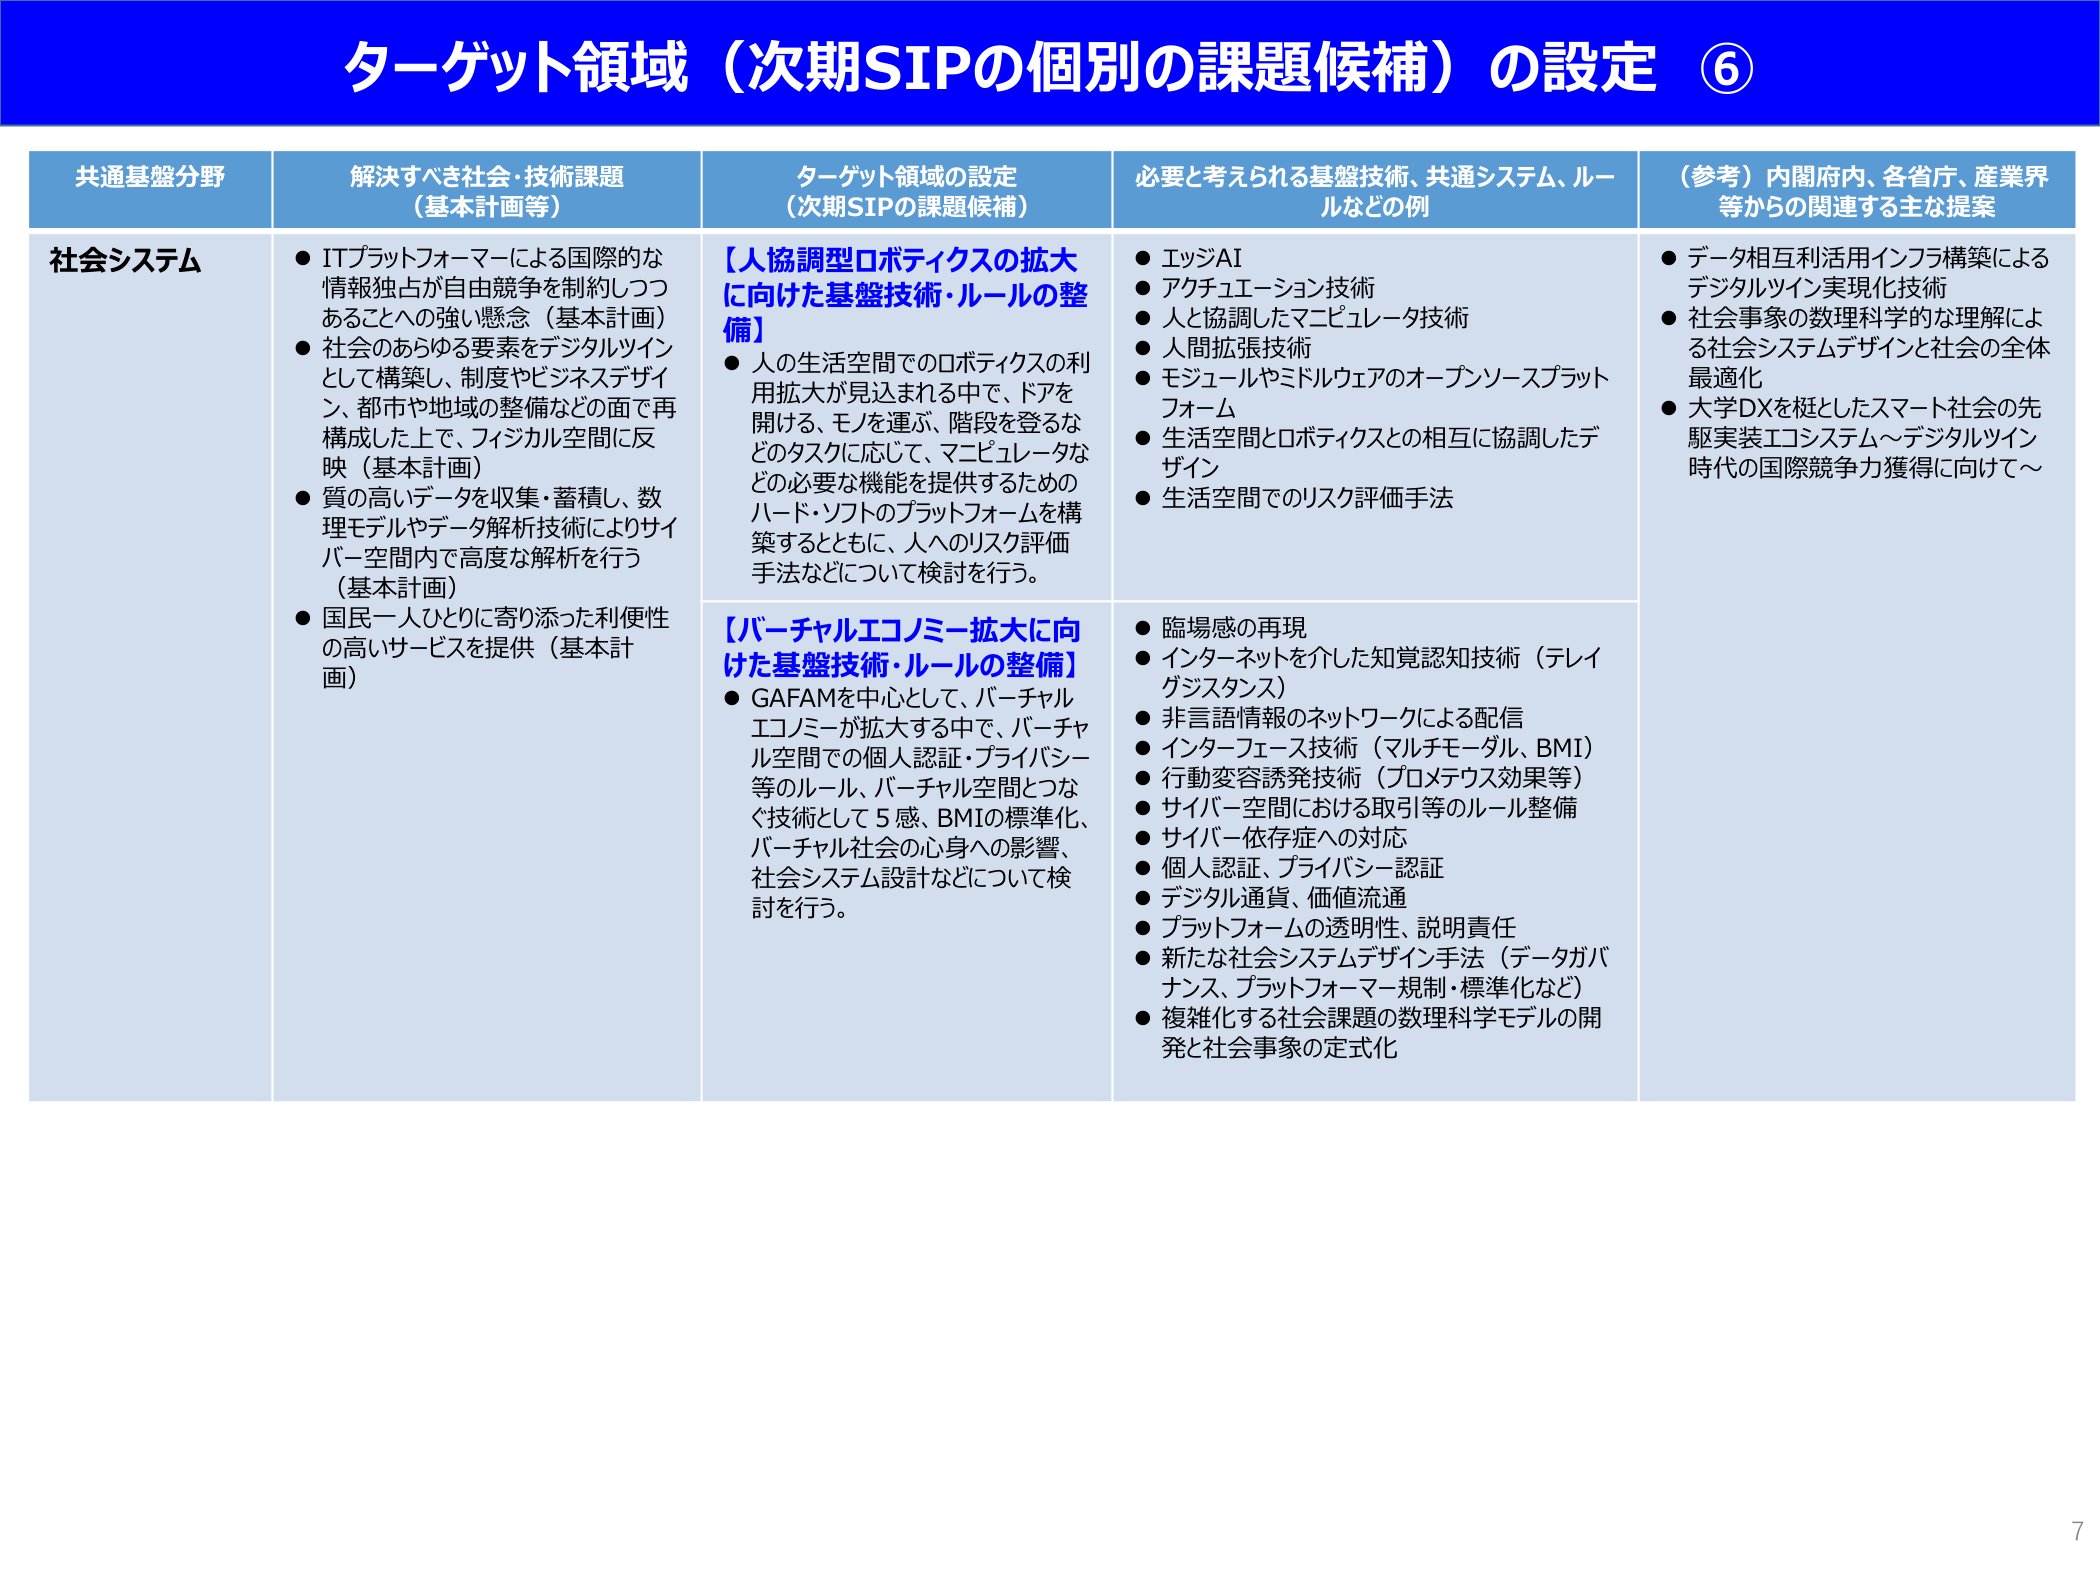
ターゲット領域（次期SIPの個別の課題候補）の設定 ⑥

共通基盤分野
社会システム

解決すべき社会・技術課題
（基本計画等）
● ITプラットフォーマーによる国際的な
情報独占が自由競争を制約しつつ
あることへの強い懸念（基本計画）
● 社会のあらゆる要素をデジタルツイン
として構築し、制度やビジネスデザイ
ン、都市や地域の整備などの面で再
構成した上で、フィジカル空間に反
映（基本計画）
● 質の高いデータを収集・蓄積し、数
理モデルやデータ解析技術によりサイ
バー空間内で高度な解析を行う
（基本計画）
● 国民一人ひとりに寄り添った利便性
の高いサービスを提供（基本計画）

ターゲット領域の設定
（次期SIPの課題候補）
【人協調型ロボティクスの拡大
に向けた基盤技術・ルールの整
備】
● 人の生活空間でのロボティクスの利
用拡大が見込まれる中で、ドアを
開ける、モノを運ぶ、階段を登るな
どのタスクに応じて、マニピュレータな
どの必要な機能を提供するための
ハード・ソフトのプラットフォームを構
築するとともに、人へのリスク評価
手法などについて検討を行う。

【バーチャルエコノミー拡大に向
けた基盤技術・ルールの整備】
● GAFAMを中心として、バーチャル
エコノミーが拡大する中で、バーチャ
ル空間での個人認証・プライバシー
等のルール、バーチャル空間とつな
ぐ技術として5感、BMIの標準化、
バーチャル社会の心身への影響、
社会システム設計などについて検
討を行う。

必要と考えられる基盤技術、共通システム、ルー
ルなどの例
● エッジAI
● アクチュエーション技術
● 人と協調したマニピュレータ技術
● 人間拡張技術
● モジュールやミドルウェアのオープンソースプラット
フォーム
● 生活空間とロボティクスとの相互に協調したデ
ザイン
● 生活空間でのリスク評価手法

● 臨場感の再現
● インターネットを介した知覚認知技術（テレイ
グジスタンス）
● 非言語情報のネットワークによる配信
● インターフェース技術（マルチモーダル、BMI）
● 行動変容誘発技術（プロメテウス効果等）
● サイバー空間における取引等のルール整備
● サイバー依存症への対応
● 個人認証、プライバシー認証
● デジタル通貨、価値流通
● プラットフォームの透明性、説明責任
● 新たな社会システムデザイン手法（データガバ
ナンス、プラットフォーマー規制・標準化など）
● 複雑化する社会課題の数理科学モデルの開
発と社会事象の定式化

（参考）内閣府内、各省庁、産業界
等からの関連する主な提案
● データ相互利活用インフラ構築による
デジタルツイン実現化技術
● 社会事象の数理科学的な理解によ
る社会システムデザインと社会の全体
最適化
● 大学DXを梃としたスマート社会の先
駆実装エコシステム～デジタルツイン
時代の国際競争力獲得に向けて～

7